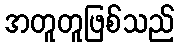
အတူတူဖြစ်သည်